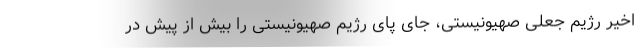
اخیر رژیم جعلی صهیونیستی، جای پای رژیم صهیونیستی را بیش از پیش در